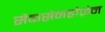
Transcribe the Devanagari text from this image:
सैकसेनहौज़ेन